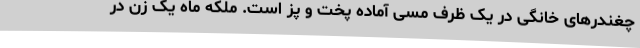
چغندرهای خانگی در یک ظرف مسی آماده پخت و پز است. ملکه ماه یک زن در